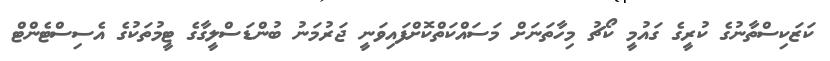
ކަޒަކިސްތާނުގެ ކުރީގެ ގައުމީ ކޯޗު މިހާތަނަށް މަސައްކަތްކޮށްފައިވަނީ ޖަރުމަނު ބުންޑަސްލީގާގެ ޓީމުތަކުގެ އެސިސްޓެންޓް